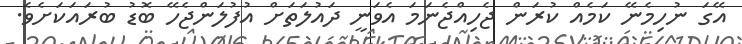
އޭގަ ނުހިމެނޭ ކަމެއް ކުރަން ޖެހިއްޖެނަމަ އެވަނީ ދައުލަތަށް އުފުލަންޖެހޭ ބޮޑު ބުރައަކަށެވެ.